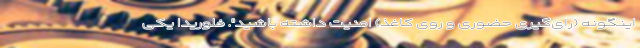
اینگونه (رای‌گیری حضوری و روی کاغذ) امنیت داشته باشید". فلوریدا یکی